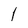
Character: 1